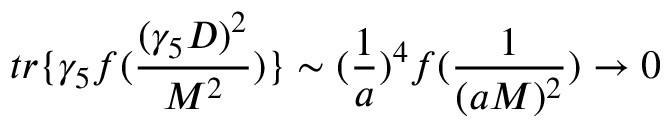
t r \{ \gamma _ { 5 } f ( \frac { ( \gamma _ { 5 } D ) ^ { 2 } } { M ^ { 2 } } ) \} \sim ( \frac { 1 } { a } ) ^ { 4 } f ( \frac { 1 } { ( a M ) ^ { 2 } } ) \rightarrow 0